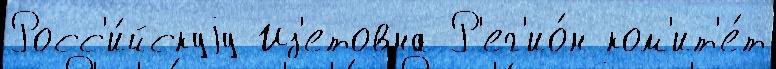
Росс'и́йскуjу Из'етовна Р'ег'ио́н ком'ит'е́т